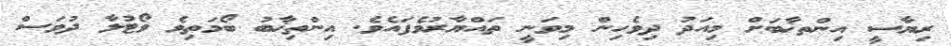
ރިޔާސީ އިންތޚާބަށް މިއަދު ދިވެހިން މިވަނީ ތައްޔާރުވެފައެވެ. އިންތިޚާބު ބޯމަތިވެ ވޯޓުލާ ދުވަސް